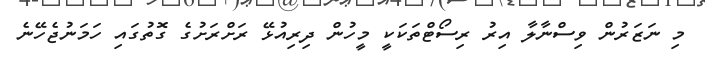
މި ނަޒަރުން ވިސްނާލާ އިރު ރިސޯޓްތަކަކީ މީހުން ދިރިއުޅޭ ރަށްރަށުގެ ގޮތުގައި ހަމަނުޖެހޭނެ